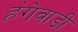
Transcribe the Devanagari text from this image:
हंगेवाडी